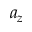
a _ { z }